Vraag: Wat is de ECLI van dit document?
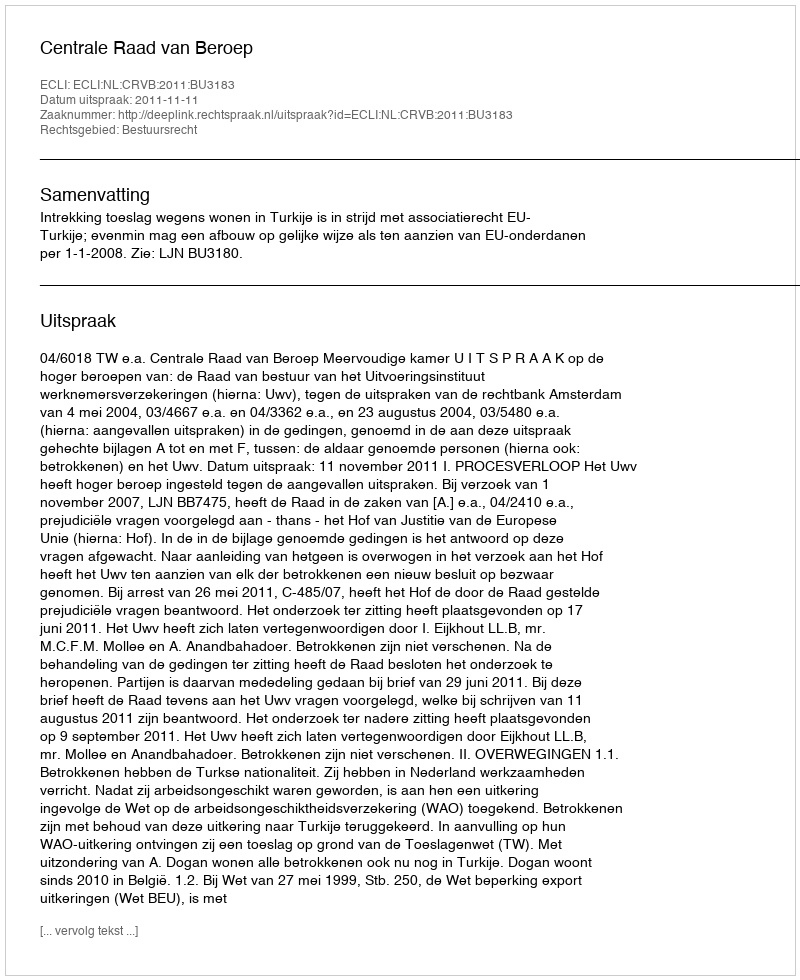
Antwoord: ECLI:NL:CRVB:2011:BU3183